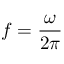
f = { \frac { \omega } { 2 \pi } }